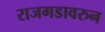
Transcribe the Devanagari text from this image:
राजगडावरुन